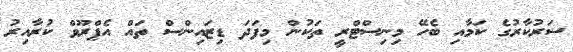
ސަރުކާރުގެ ކަމާއި ބެހޭ މިނިސްޓްރީ ތަކުން މިފަދަ ޑިޒައިންސް ތައް އެޕްރޫވް ކުރާއިރު